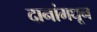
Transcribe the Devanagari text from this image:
दानांमधून